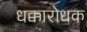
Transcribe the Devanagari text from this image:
धक्कारोधक